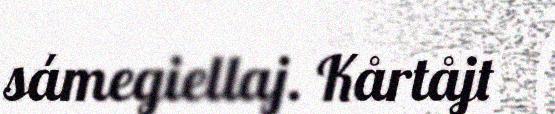
sámegiellaj. Kårtåjt